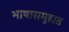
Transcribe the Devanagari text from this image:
भाषासमुहात